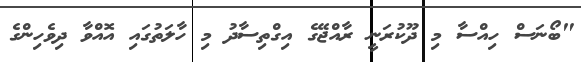
"ބޯނަސް ހިއްސާ މި ދޫކުރަނީ ރާއްޖޭގެ އިގްތިސާދު މި ހާލަތުގައި އޮއްވާ ދިވެހިންގެ